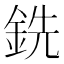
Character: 銑